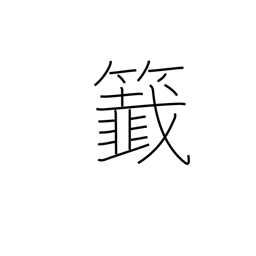
Meaning: lottery